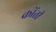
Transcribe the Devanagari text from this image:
कोंती